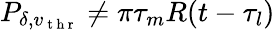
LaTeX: P_{\delta,v_{\mathrm{~t~h~r~}}}\neq\pi\tau_{m}R(t-\tau_{l})